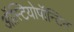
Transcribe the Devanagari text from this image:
ऑस्टियोपॉन्टिन